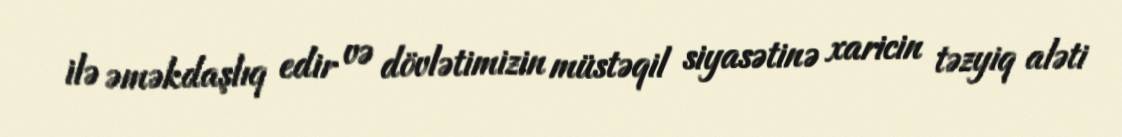
ilə əməkdaşlıq edir və dövlətimizin müstəqil siyasətinə xaricin təzyiq aləti